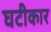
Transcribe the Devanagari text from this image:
घटीकार